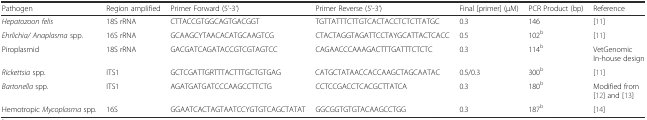
| Pathogen | Region amplified | Primer Forward (5’-3’) | Primer Reverse (5’-3’) | Final [primer] (μM) | PCR Product (bp) | Reference |
 | --- | --- | --- | --- | --- | --- | --- |
 | Hepatozoon felis | 18S rRNA | CTTACCGTGGCAGTGACGGT | TGTTATTTCTTGTCACTACCTCTCTTATGC | 0.3 | 146 | [11] |
 | Ehrlichia/ Anaplasma spp. | 16S rRNA | GCAAGCYTAACACATGCAAGTCG | CTACTAGGTAGATTCCTAYGCATTACTCACC | 0.5 | 102b | [11] |
 | Piroplasmid | 18S rRNA | GACGATCAGATACCGTCGTAGTCC | CAGAACCCAAAGACTTTGATTTCTCTC | 0.3 | 114b | VetGenomic In-house design |
 | Rickettsia spp. | ITS1 | GCTCGATTGRTTTACTTTGCTGTGAG | CATGCTATAACCACCAAGCTAGCAATAC | 0.5/0.3 | 300b | [11] |
 | Bartonella spp. | ITS1 | AGATGATGATCCCAAGCCTTCTG | CCTCCGACCTCACGCTTATCA | 0.3 | 180b | Modified from [12] and [13] |
 | Hemotropic Mycoplasma spp. | 16S | GGAATCACTAGTAATCCYGTGTCAGCTATAT | GGCGGTGTGTACAAGCCTGG | 0.3 | 187b | [14] |